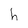
Character: h